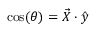
\cos ( \theta ) = \vec { X } \cdot \hat { y }